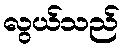
လွယ်သည်